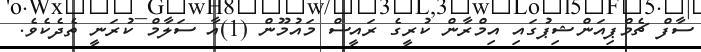
ސާފް ޗެމްޕިއަންޝިޕުގައި އިމްރާން ކުރީގެ ރައީސް މައުމޫން (1)އާ ސަލާމް ކުރަނީ ތެދެކެވެ.